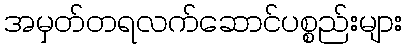
အမှတ်တရလက်ဆောင်ပစ္စည်းများ